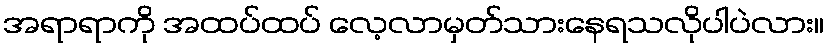
အရာရာကို အထပ်ထပ် လေ့လာမှတ်သားနေရသလိုပါပဲလား။